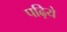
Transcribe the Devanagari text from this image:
पढ़िये